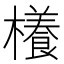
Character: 𣝡